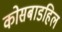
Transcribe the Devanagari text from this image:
कोसबाडहिल